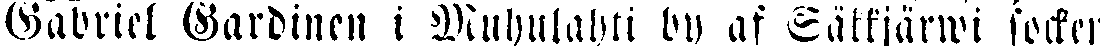
Gabriel Gardinen i Muhulahti by af Sättjärwi socken